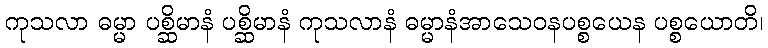
ကုသလာ ဓမ္မာ ပစ္ဆိမာနံ ပစ္ဆိမာနံ ကုသလာနံ ဓမ္မာနံအာသေဝနပစ္စယေန ပစ္စယောတိ၊